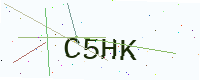
Text: C5HK